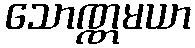
သောဏ္ဏမယာ